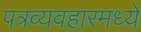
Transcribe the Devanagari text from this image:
पत्रव्यवहारमध्ये